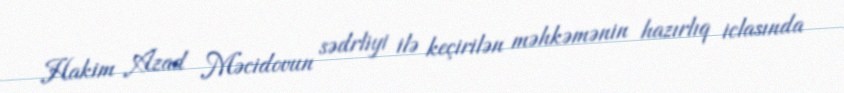
Hakim Azad Məcidovun sədrliyi ilə keçirilən məhkəmənin hazırlıq iclasında